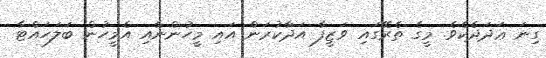
ގިނަ ޢަދަދެކެވެ. މީގެ ތެރޭގައި ވަޒީފާ އަދާކުރަން އައި މީހުންނާއި އެމީހުން ބަލަހައްޓާ